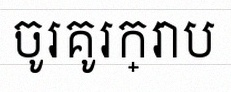
ចូរគូរក្រាប